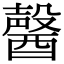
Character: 𨢤